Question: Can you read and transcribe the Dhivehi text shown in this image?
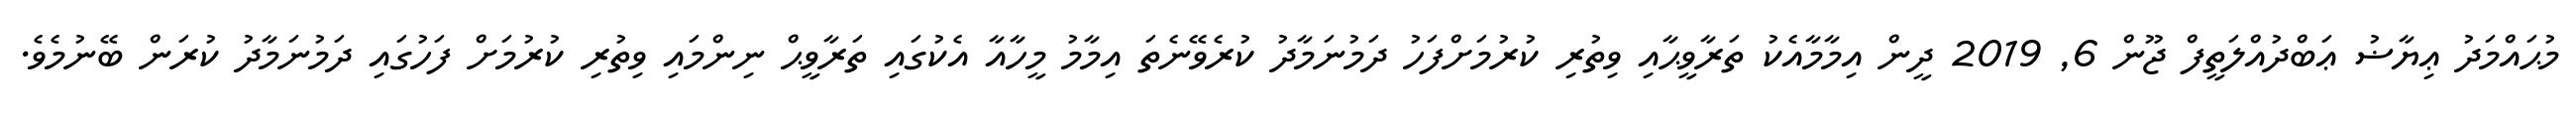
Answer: މުޙައްމަދު ޢިޔާޟު ޢަބްދުއްލަތީފް ޖޫން 6, 2019 ދީން އިމާމާއެކު ތަރާވީޙާއި ވިތުރި ކުރުމަށްފަހު ދަމުނަމާދު ކުރެވޭނެތަ އިމާމު މީހާއާ އެކުގައި ތަރާވީޙް ނިންމައި ވިތުރި ކުރުމަށް ފަހުގައި ދަމުނަމާދު ކުރަން ބޭނުމެވެ.